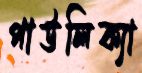
পাউলিক্যা